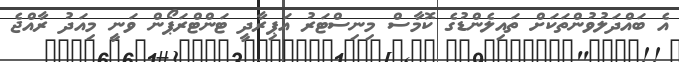
އެ ބައްދަލުވުންތަކަށް ތައިލެންޑުގެ ކޮމާސް މިނިސްޓަރު އަޕިރާދީ ޓަންޓްރަޕޯން ވަނީ މިއަދު ރާއްޖެ